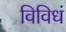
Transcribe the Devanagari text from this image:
विविधं